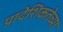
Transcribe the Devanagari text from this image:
प्रादेशिकतेच्या